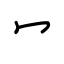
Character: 冖